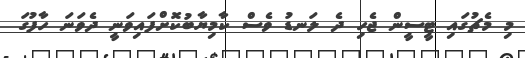
މި މެޗުގައި ޓީސީން ޖެހި ދެ ލަނޑު ވެސް ކާމިޔާބުކޮށްފައިވަނީ ދެވަނަ ހާފުގަ